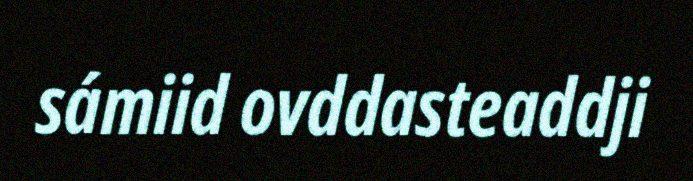
sámiid ovddasteaddji